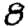
Digit: 8